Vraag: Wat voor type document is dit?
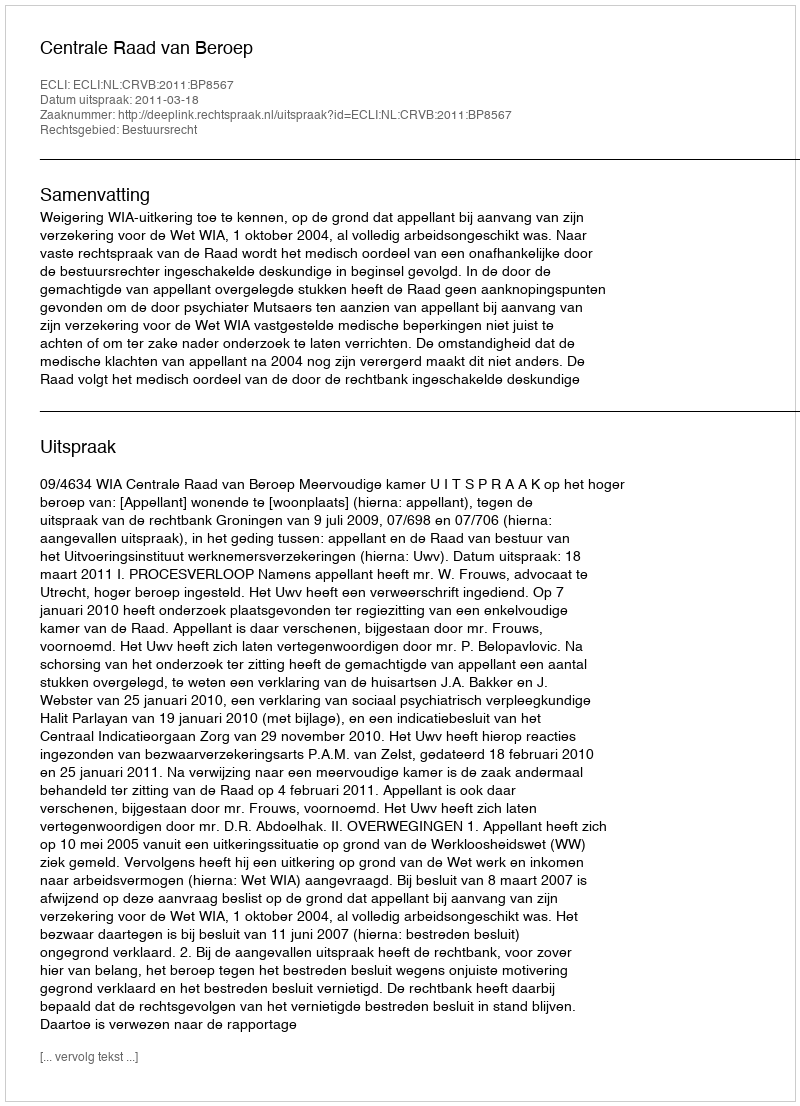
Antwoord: Uitspraak